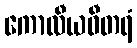
ကောလီယဓီတရံ